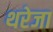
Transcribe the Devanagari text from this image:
थरेजा